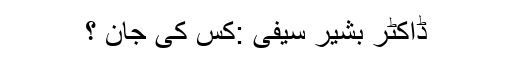
ڈاکٹر بشیر سیفی :کس کی جان ؟